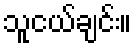
သူငယ်ချင်း။